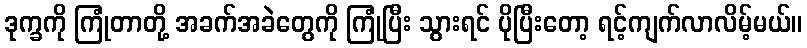
ဒုက္ခကို ကြုံတာတို့ အခက်အခဲတွေကို ကြုံပြီး သွားရင် ပိုပြီးတော့ ရင့်ကျက်လာလိမ့်မယ်။